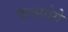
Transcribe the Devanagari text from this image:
फलयोगे